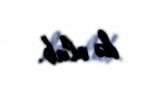
də olub.